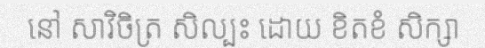
នៅ សាវិចិត្រ សិល្បះ ដោយ ខិតខំ សិក្សា